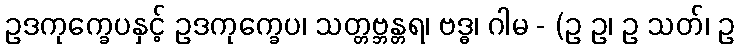
ဥဒကုက္ခေပနှင့် ဥဒကုက္ခေပ၊ သတ္တဗ္ဘန္တရ၊ ဗဒ္ဓ၊ ဂါမ - (ဥ ဥ၊ ဥ သတ်၊ ဥ